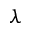
\lambda